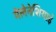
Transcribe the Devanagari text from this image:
मेलेनेशियाई